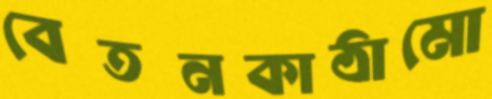
বেতনকাঠামো